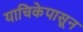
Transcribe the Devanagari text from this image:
याचिकेपासून